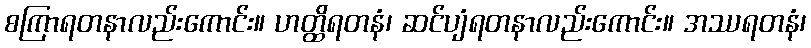
စကြာရတနာလည်းကောင်း။ ဟတ္ထိရတနံ၊ ဆင်ပျံရတနာလည်းကောင်း။ အဿရတနံ၊